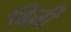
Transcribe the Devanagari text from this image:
बिज़ी